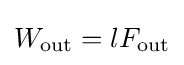
W_{\text{out}}=lF_{\text{out}}